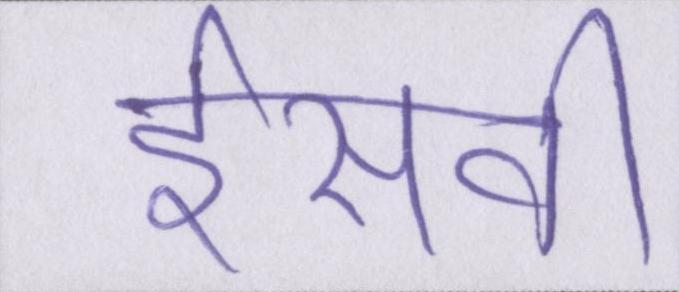
ईसवी